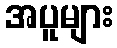
အပူများ